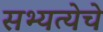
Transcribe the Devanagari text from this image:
सभ्यत्येचे